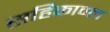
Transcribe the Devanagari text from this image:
सहिकाम्ल